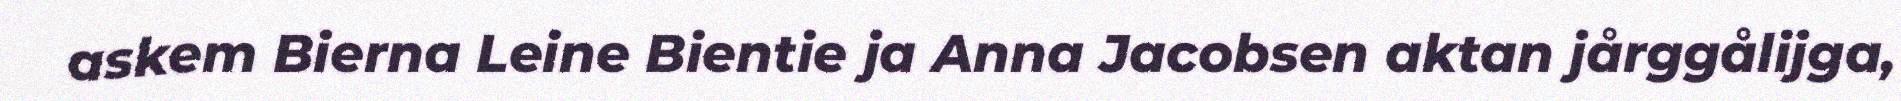
askem Bierna Leine Bientie ja Anna Jacobsen aktan jårggålijga,